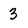
Character: 3